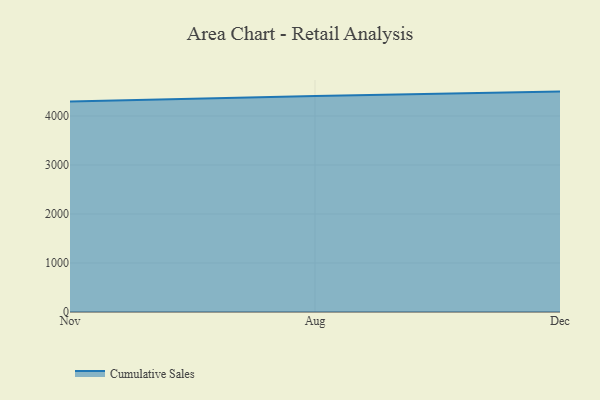
{"axis": {"x": "Month", "y": "Humidity (%)"}, "legend": ["Cumulative Sales"], "data": [{"x": "Nov", "y": 4294.5, "type": "Cumulative Sales"}, {"x": "Aug", "y": 4406.1, "type": "Cumulative Sales"}, {"x": "Dec", "y": 4497.9, "type": "Cumulative Sales"}]}